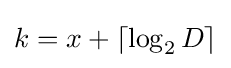
k=x+\lceil \log _{2}{D}\rceil